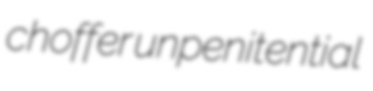
choffer unpenitential